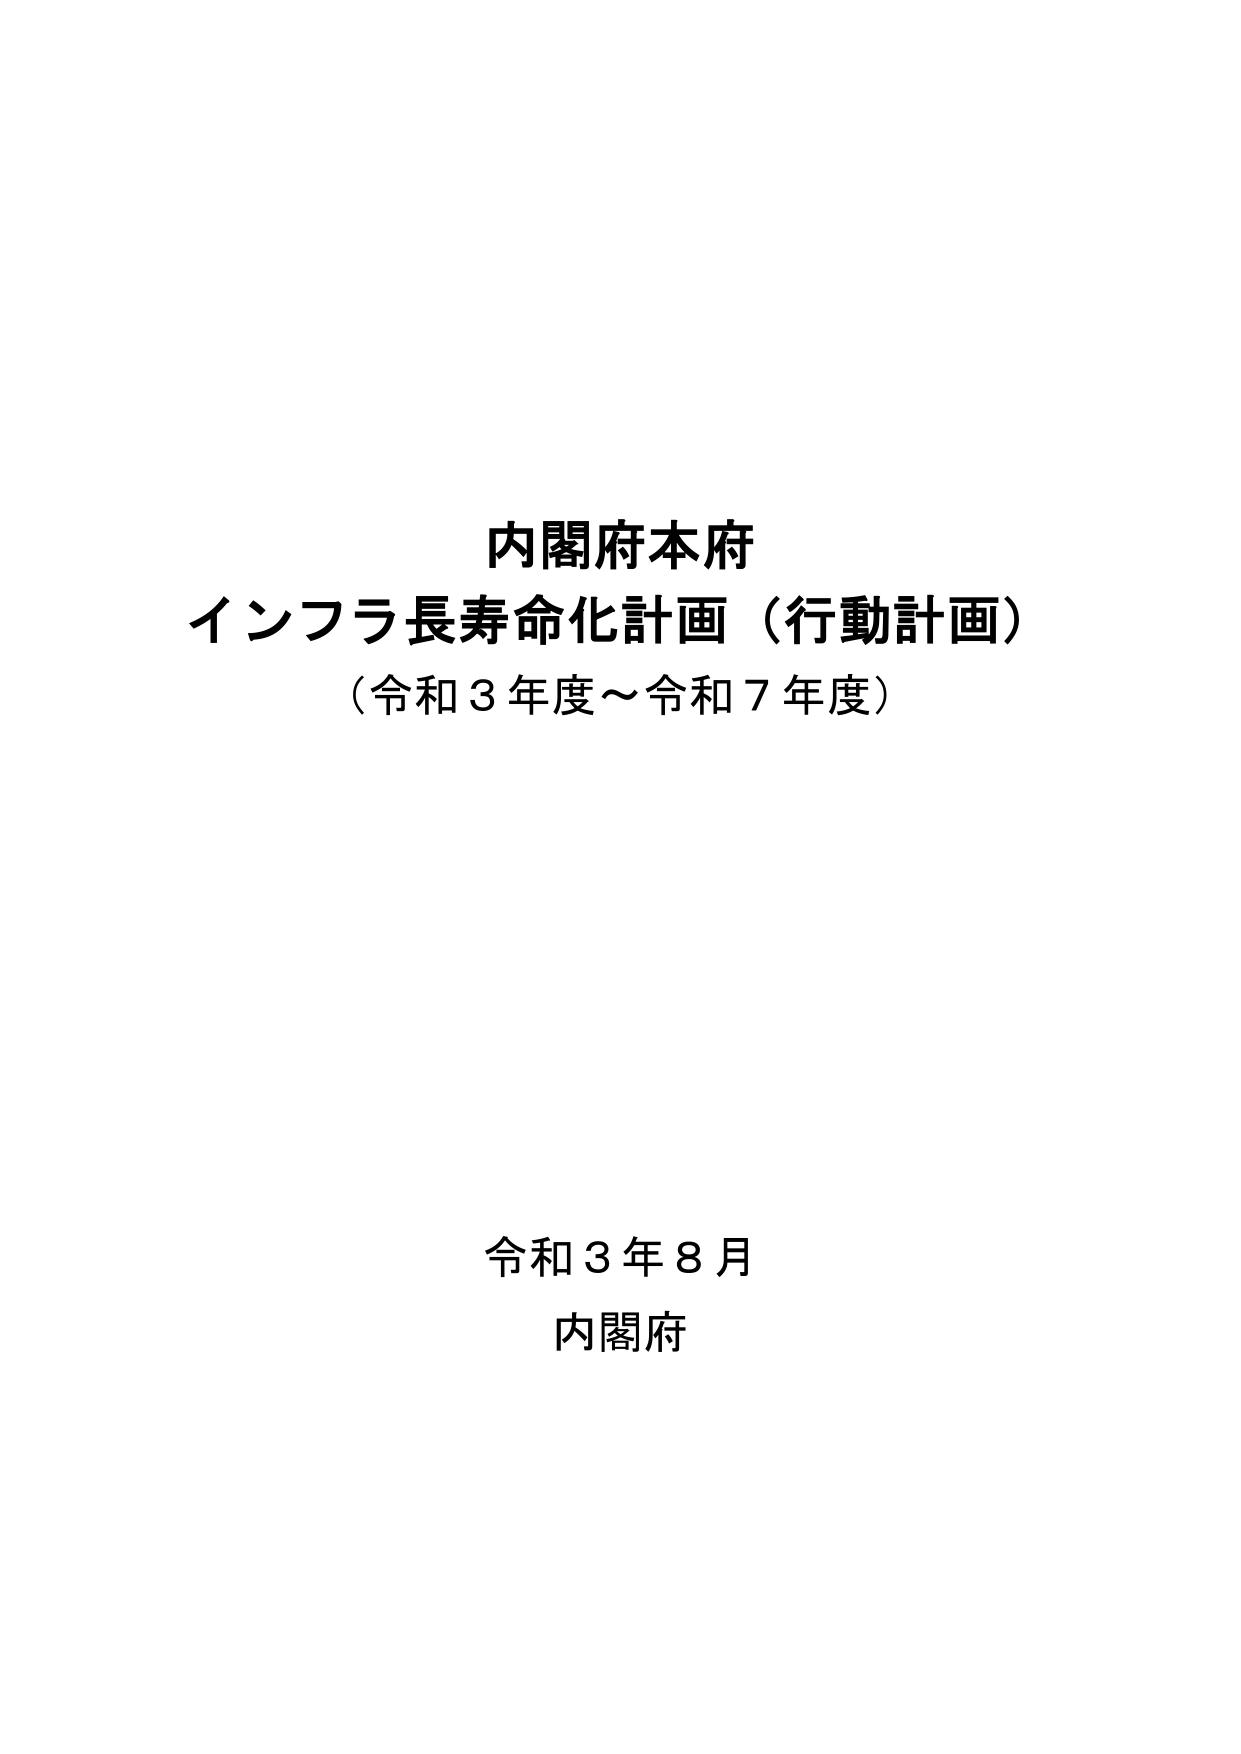
内閣府本府
インフラ長寿命化計画（行動計画）
（令和３年度～令和７年度）

令和３年８月
内閣府